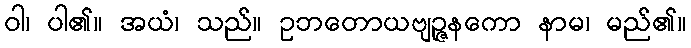
ဝါ၊ ပါ၏။ အယံ၊ သည်။ ဥဘတောယဗျဉ္ဇနကော နာမ၊ မည်၏။